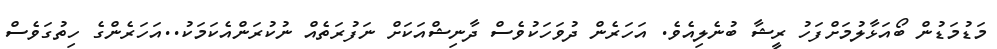
މަޑުމަޑުން ބޯއަޅާލުމަށްފަހު ރީޝާ ބުނެލިއެވެ. އަހަރެން ދުވަހަކުވެސް ދާނިޝްއަކަށް ނަފުރަތެެއް ނުކުރަންއެކަމަކު..އަހަރެންގެ ހިތުގަވެސް